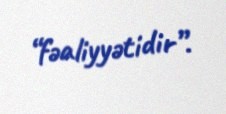
“fəaliyyətidir”.